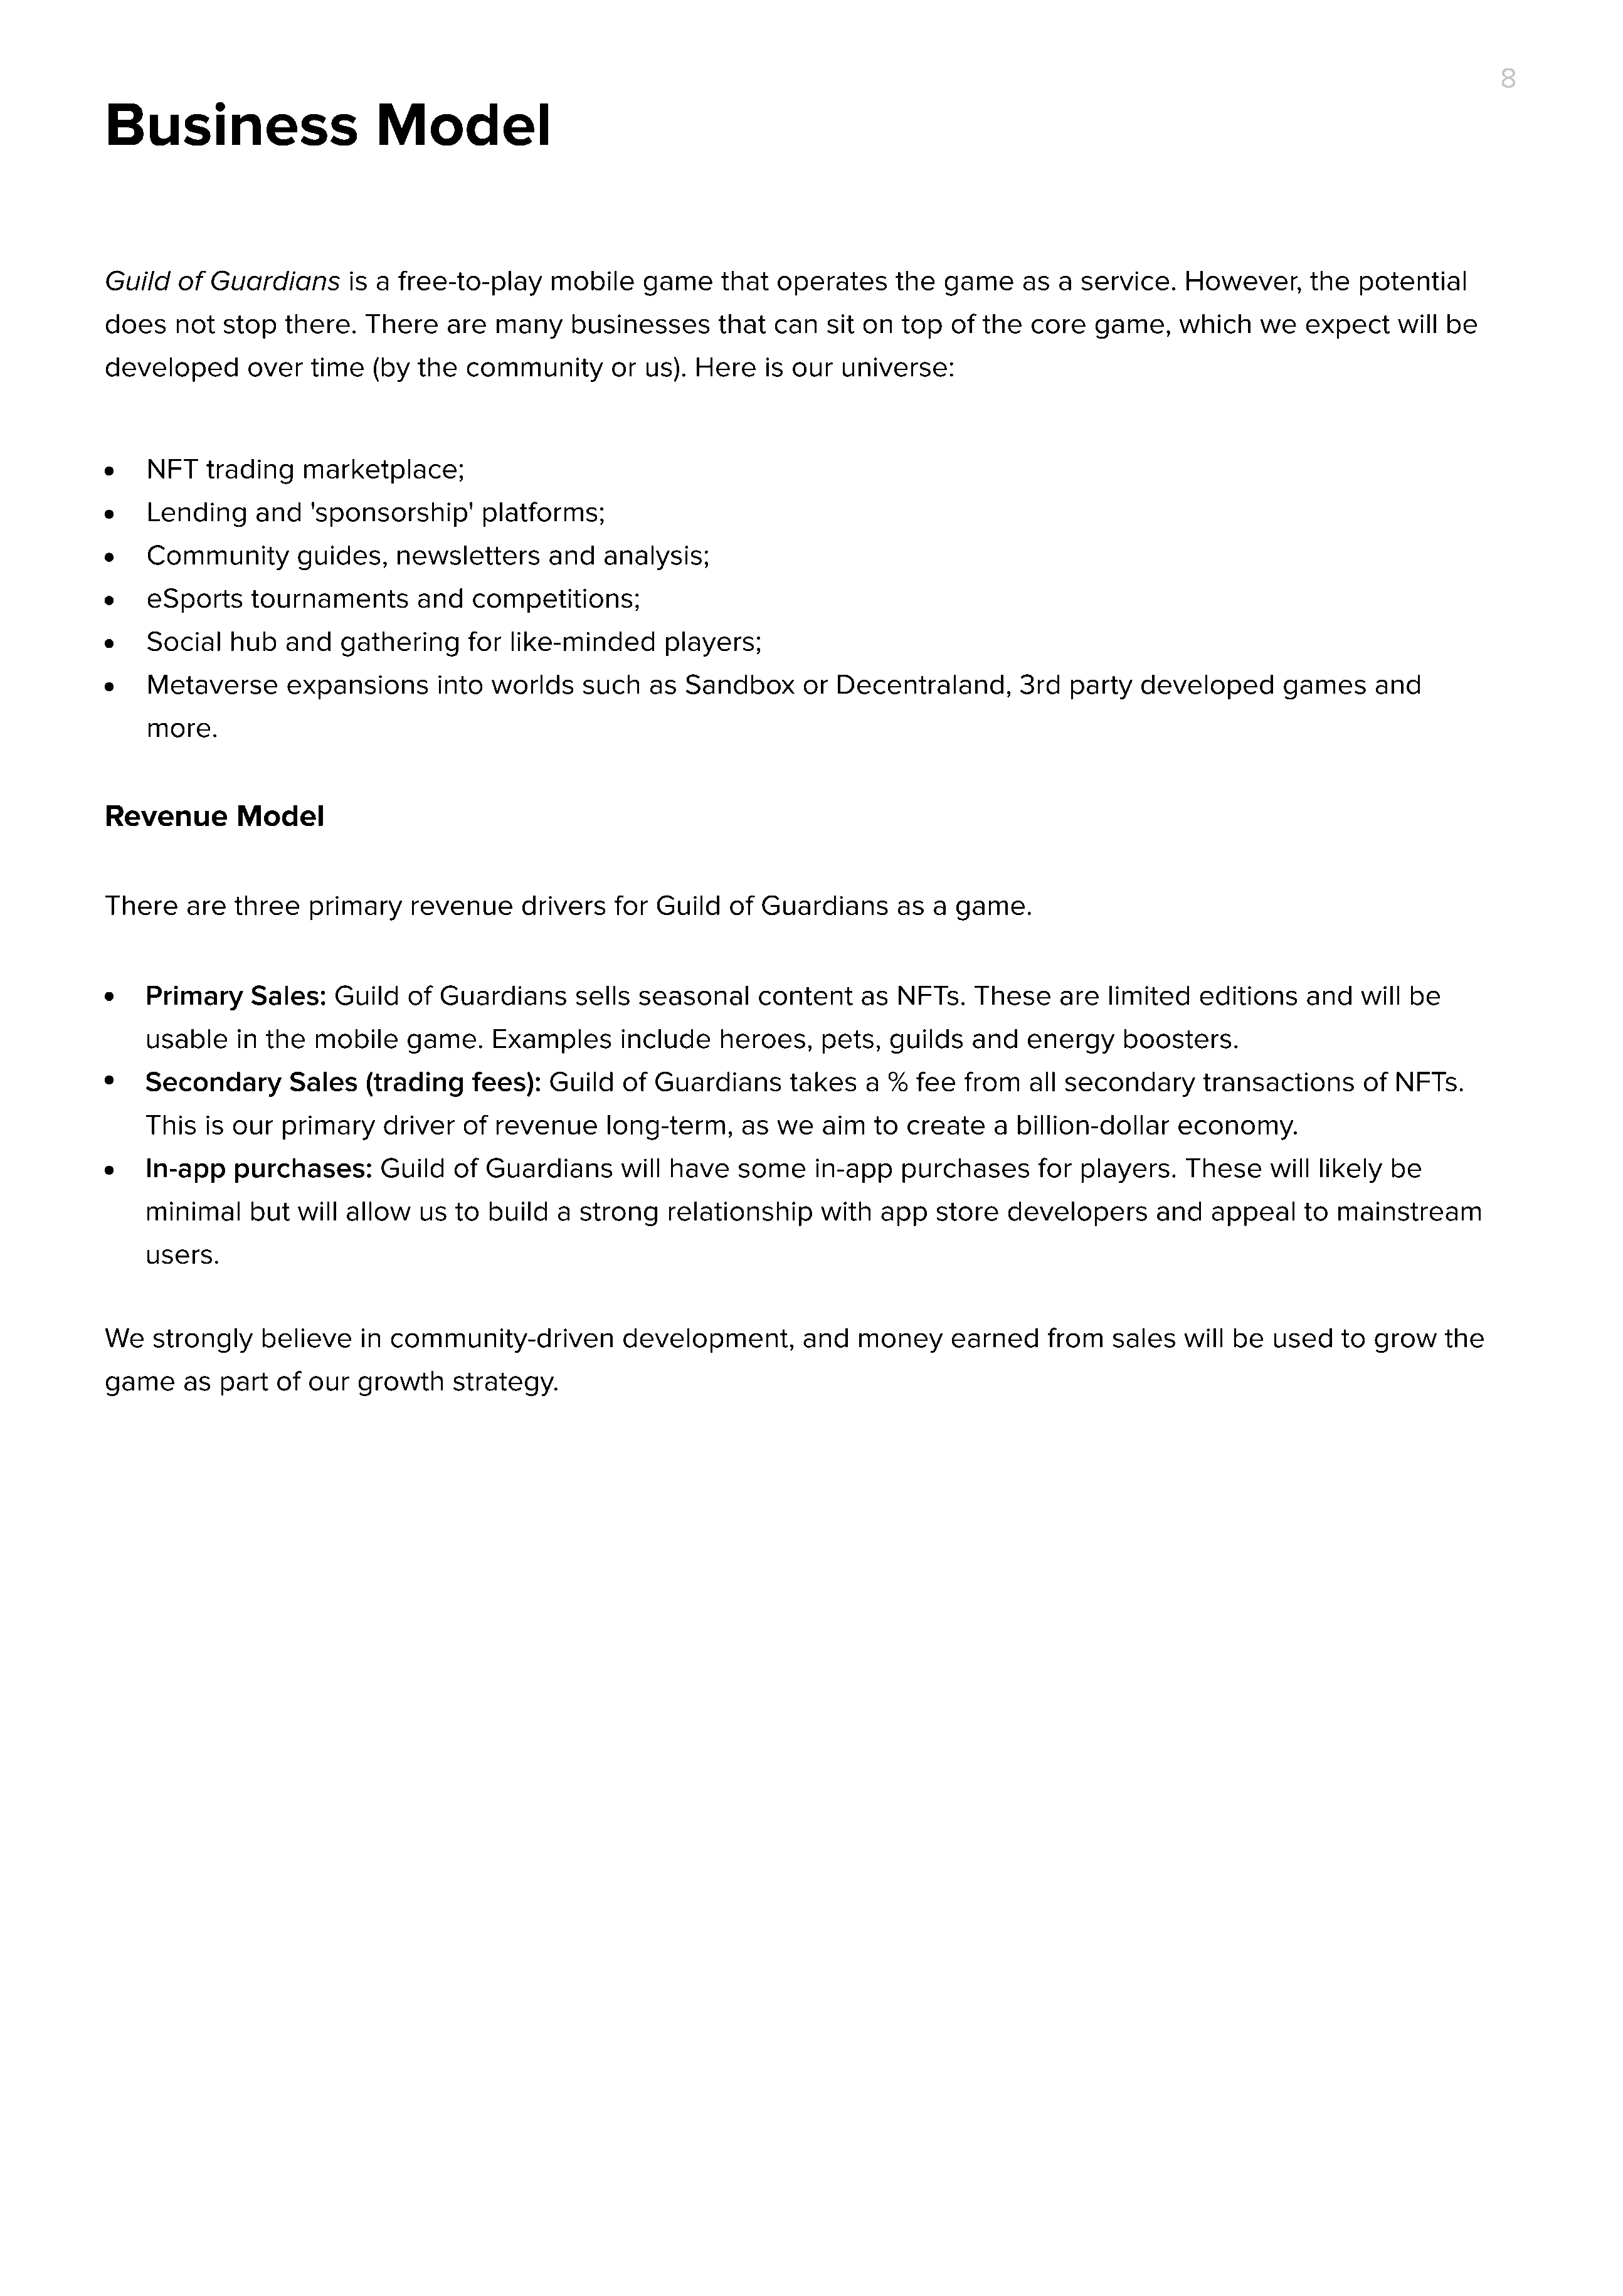
8
 Business                     Model
 Guild   of Guardians      is a free-to-play    mobile    game    that  operates     the  game    as  a service.   However,     the  potential
 does   not   stop  there.   There   are  many    businesses      that  can  sit on  top  of  the  core  game,    which    we   expect    will be
 developed      over   time  (by  the  community      or  us). Here    is our  universe:
 NFT    trading   marketplace;
 Lending     and   'sponsorship'     platforms;
 Community       guides,    newsletters     and   analysis;
 eSports    tournaments       and   competitions;
 Social   hub   and   gathering    for  like-minded     players;
 Metaverse      expansions      into  worlds   such   as  Sandbox      or Decentraland,       3rd  party  developed      games     and
 more.
 Revenue       Model
 There    are  three   primary   revenue     drivers   for Guild   of Guardians      as a  game.
 Primary    Sales:   Guild   of Guardians      sells seasonal     content    as  NFTs.   These    are  limited   editions   and   will be
 usable    in the  mobile    game.    Examples     include    heroes,    pets,  guilds   and  energy    boosters.
 Secondary       Sales   (trading   fees):  Guild   of Guardians     takes   a  %  fee  from   all secondary     transactions     of NFTs.
 This   is our  primary   driver   of revenue     long-term,    as  we   aim  to  create   a billion-dollar   economy.
 In-app    purchases:     Guild   of Guardians      will have   some    in-app   purchases      for players.   These    will likely  be
 minimal    but  will allow   us  to build   a strong   relationship     with  app   store  developers      and   appeal    to mainstream
 users.
 We   strongly   believe    in community-driven         development,       and  money     earned     from  sales   will be  used    to grow   the
 game    as  part  of  our  growth    strategy.